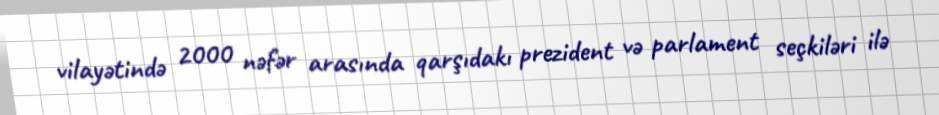
vilayətində 2000 nəfər arasında qarşıdakı prezident və parlament seçkiləri ilə